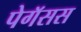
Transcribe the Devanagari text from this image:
पेगॅसस